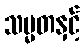
သမ္မတနှင့်